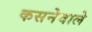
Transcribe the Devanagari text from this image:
कसनेवाले